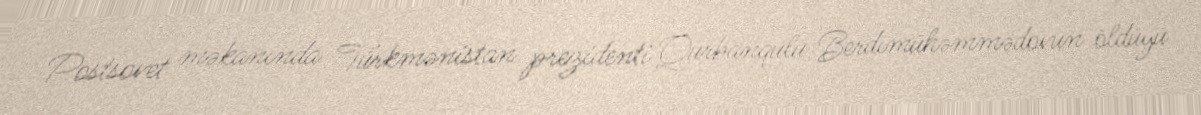
Postsovet məkanında Türkmənistan prezidenti Qurbanqulu Berdımühəmmədovun öldüyü